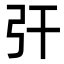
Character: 㢨